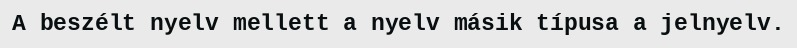
A beszélt nyelv mellett a nyelv másik típusa a jelnyelv.